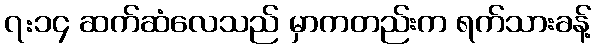
၇:၁၄ ဆက်ဆံလေသည် မှာကတည်းက ရက်သားခန့်